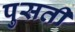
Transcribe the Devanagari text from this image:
पुसती